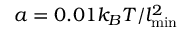
a = 0 . 0 1 k _ { B } T / l _ { \mathrm { m i n } } ^ { 2 }